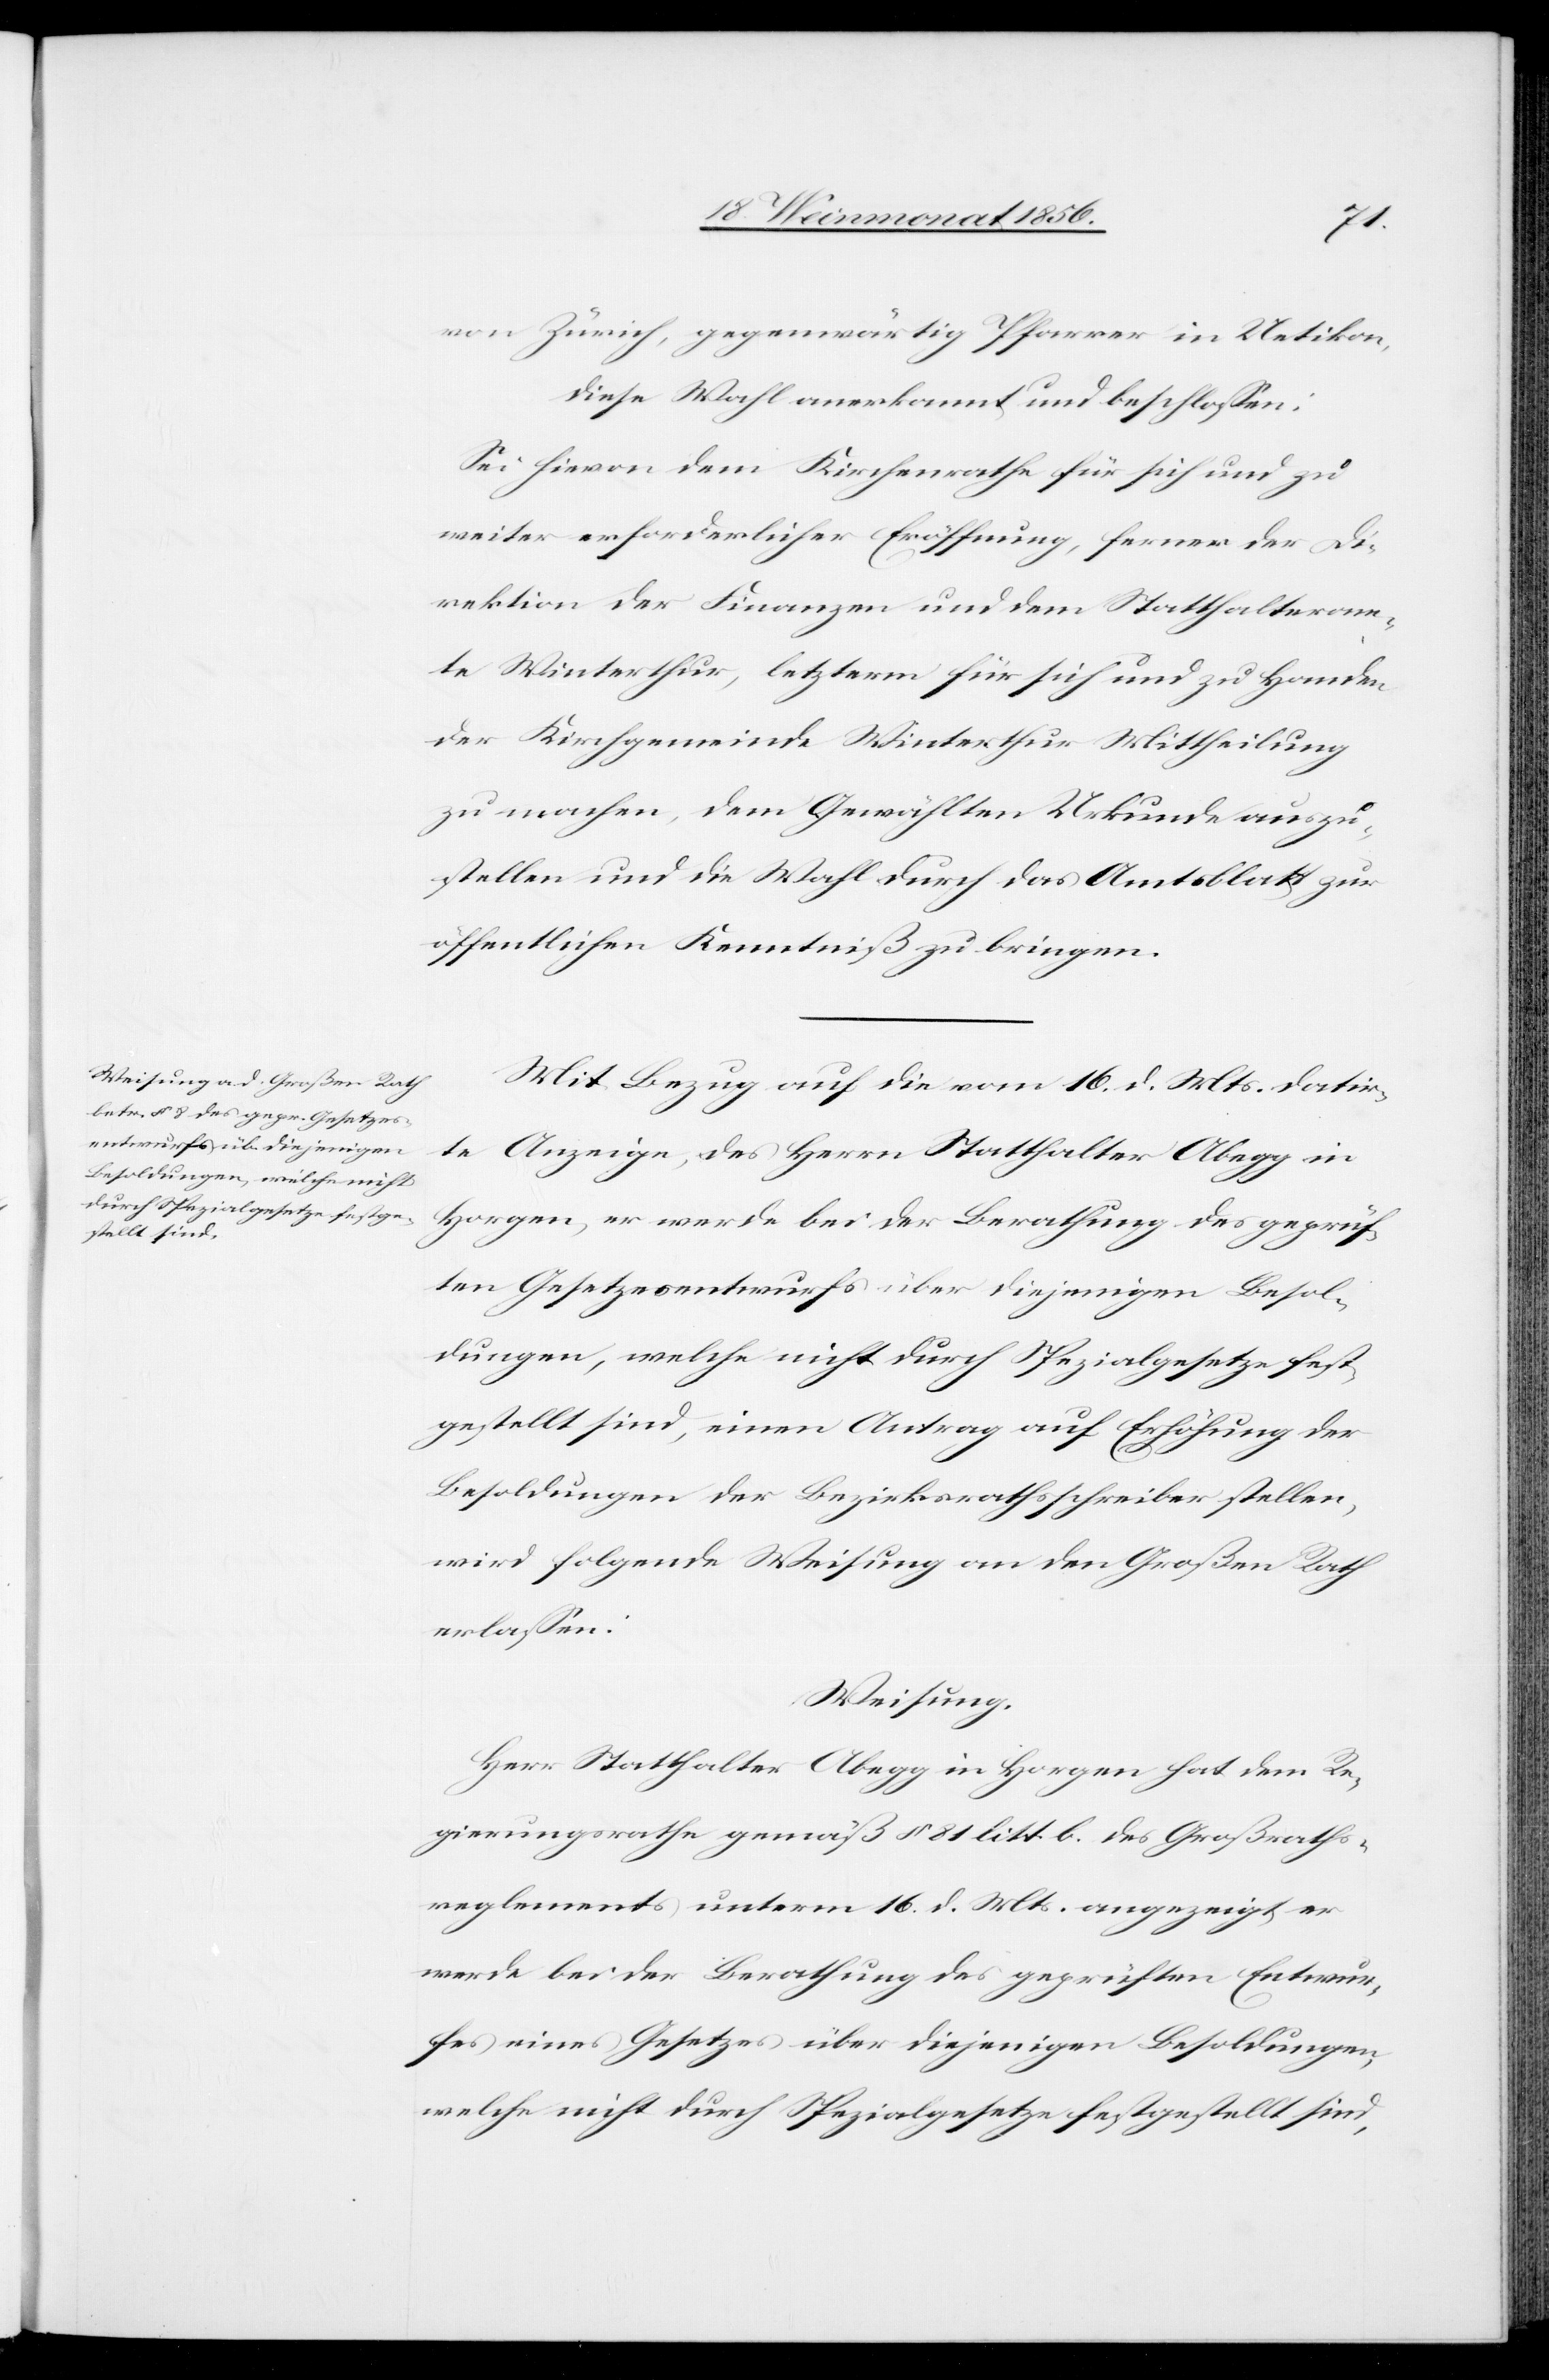
von Zürich, gegenwärtig Pfarrer in Uetikon,
diese Wahl anerkannt und beschlossen:
Sei hievon dem Kirchenrathe für sich und zu
weiter erforderlicher Eröffnung, ferner der Di¬
rektion der Finanzen und dem Statthalteram¬
te Winterthur, letzterm für sich und zu Handen
der Kirchgemeinde Winterthur Mittheilung
zu machen, dem Gewählten Urkunde auszu¬
stellen und die Wahl durch das Amtsblatt zur
öffentlichen Kenntniß zu bringen.
Mit Bezug auf die vom 16. d. Mts. datir¬
te Anzeige, des Herrn Statthalter Abegg in
Horgen, er werde bei der Berathung des geprüf¬
ten Gesetzesentwurfs über diejenigen Besol¬
dungen, welche nicht durch Spezialgesetze fest¬
gestellt sind, einen Antrag auf Erhöhung der
Besoldungen der Bezirksrathsschreiber stellen,
wird folgende Weisung an den Großen Rath
erlassen:
Weisung.
Herr Statthalter Abegg in Horgen hat dem Re¬
gierungsrathe gemäß § 81 litt. b. des Großraths¬
reglements unterm 16. d. Mts. angezeigt er
werde bei der Berathung des geprüften Entwur¬
fes eines Gesetzes über diejenigen Besoldungen,
welche nicht durch Spezialgesetze festgestellt sind,